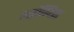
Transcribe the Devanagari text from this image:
अडॉनिस